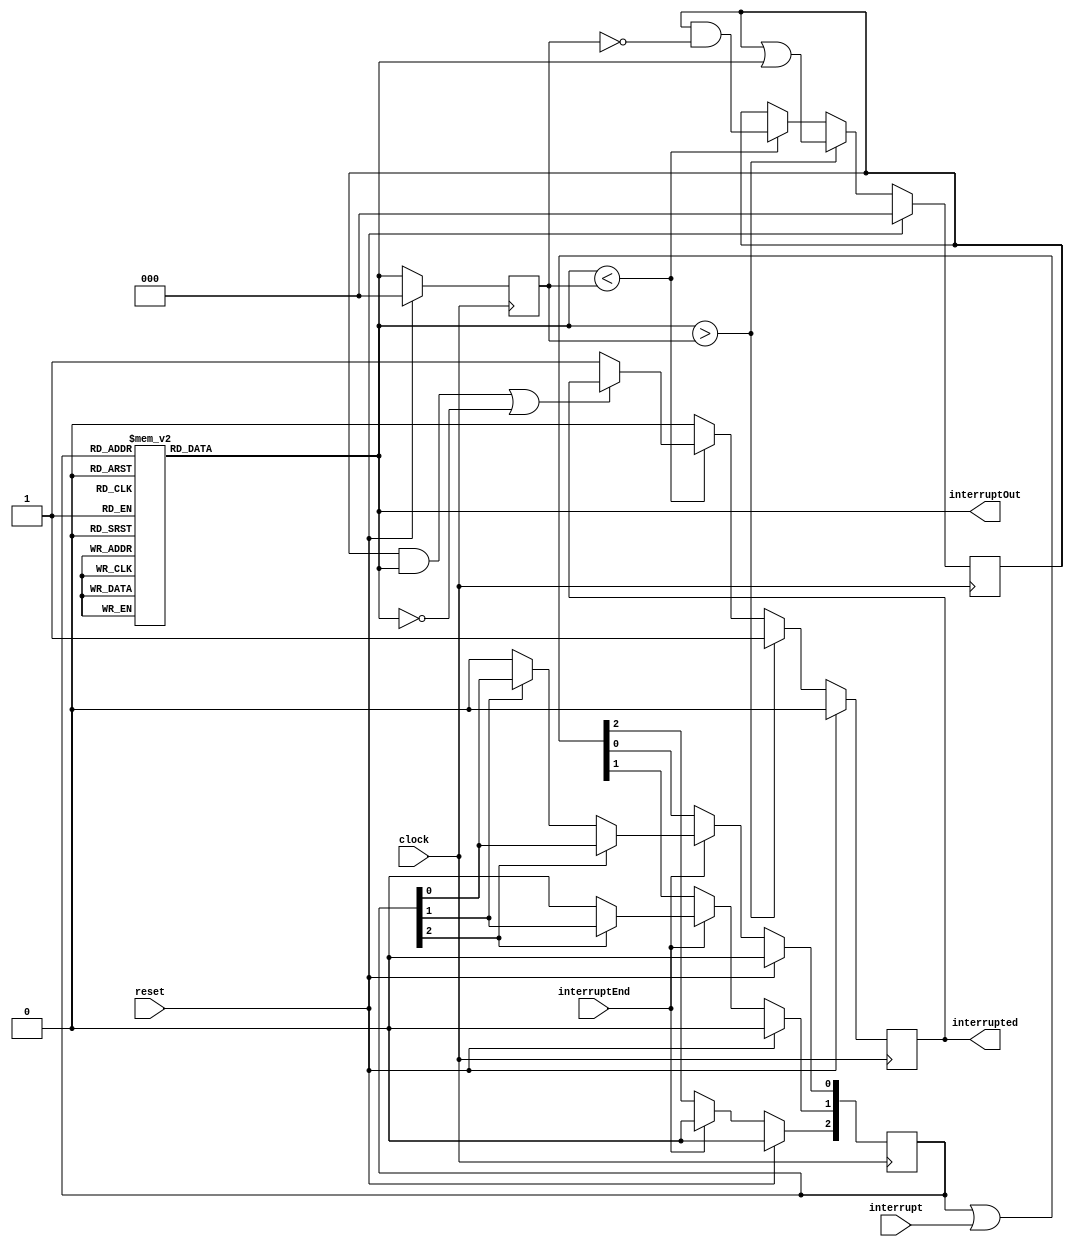
`timescale 1ns / 1ps
//////////////////////////////////////////////////////////////////////////////////
// Company: HUST
//
// Design Name:
// Module Name: interrupt
// Project Name:
// Target Devices:
// Tool Versions:
// Description:
//
// Dependencies:
//
// Revision:
// Revision 0.01 - File Created
// Additional Comments:
//
//////////////////////////////////////////////////////////////////////////////////


module Interrupt(
        input wire clock,
        input wire[2: 0] interrupt,         // 3 bits, 3 interrupts
        input wire interruptEnd,
        input wire reset,
        output reg[2: 0] interruptOut,
        output reg interrupted = 0
    );

    reg[2: 0] activatedInterrupt = 0;
    reg[2: 0] lastInterruptOut = 0;
    reg[2: 0] startedProcess = 0;

    always @(activatedInterrupt) begin
        case (activatedInterrupt)
            3'b100, 3'b101, 3'b110, 3'b111: interruptOut = 3'b100;
            3'b010, 3'b011:                 interruptOut = 3'b010;
            3'b001:                         interruptOut = 3'b001;
            3'b000:                         interruptOut = 3'b000;
        endcase
    end

    always @(posedge clock) begin
        if (!reset) begin
            // processing interrupt hierarchy
            if (interruptOut > lastInterruptOut) begin
                // start processing higher priority interrupt
                startedProcess <= startedProcess | interruptOut;
                lastInterruptOut <= interruptOut;
                interrupted <= 1;
            end else if (interruptOut < lastInterruptOut) begin
                // stop processing higher priority interrupt
                startedProcess <= startedProcess & (~lastInterruptOut);

                // judge if this is a new interrupt or and interrupted interrupt
                if((startedProcess & interruptOut) || interruptOut == 0) begin
                    // if already started
                    lastInterruptOut <= interruptOut;
                    interrupted <= interrupted;
                end else begin
                    // if this is a new interrupt
                    lastInterruptOut <= interruptOut;
                    interrupted <= 1;
                end
            end else begin
                startedProcess <= startedProcess;
                lastInterruptOut <= interruptOut;
                interrupted <= 0;
            end
        end else begin
            startedProcess <= 0;
            lastInterruptOut <= 0;
            interrupted <= 0;
        end

            // interrupt capture and ending
        if(!reset) begin
            if(interruptEnd) begin
                if(activatedInterrupt[2]) begin
                    activatedInterrupt[2] <= 0;
                end else if(activatedInterrupt[1]) begin
                    activatedInterrupt[1] <= 0;
                end else if(activatedInterrupt[0]) begin
                    activatedInterrupt[0] <= 0;
                end else begin
                    activatedInterrupt <= activatedInterrupt;
                end
            end else begin
                activatedInterrupt <= activatedInterrupt | interrupt;
            end
        end else begin
            activatedInterrupt <= 0;
        end
    end
endmodule